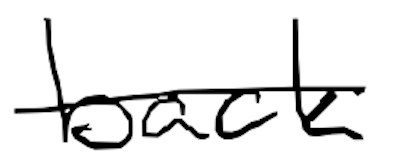
Text: back
Cross-out: single-line
Writing tool: digital_black